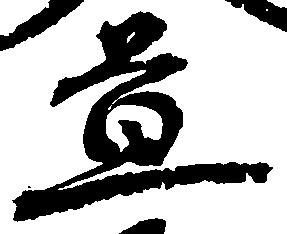
置